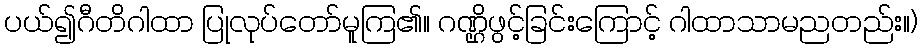
ပယ်၍ဂီတိဂါထာ ပြုလုပ်တော်မူကြ၏။ ဂဏ္ဌိဖွင့်ခြင်းကြောင့် ဂါထာသာမညတည်း။)